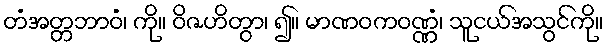
တံအတ္တဘာဝံ၊ ကို။ ဝိဇဟိတွာ၊ ၍။ မာဏဝကဝဏ္ဏံ၊ သူငယ်အသွင်ကို။